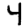
Digit: 4